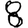
Digit: 8